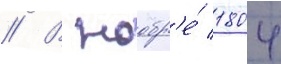
// В ноабр'е́ 1804